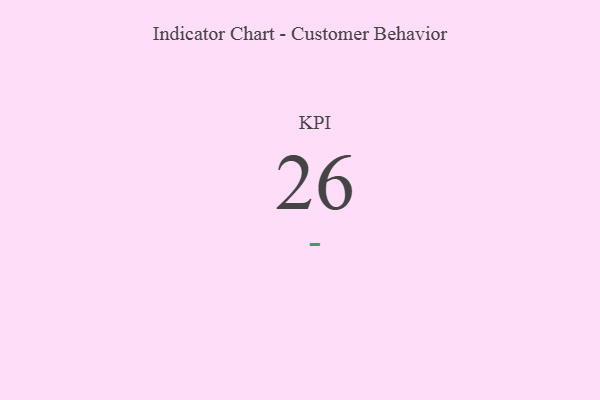
{"axis": {"x": "KPI", "y": "Value"}, "legend": [""], "data": [{"x": "KPI", "y": 26, "type": ""}]}